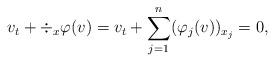
LaTeX: \begin{align*}v_t+\div_x\varphi(v)=v_t+\sum_{j=1}^n (\varphi_j(v))_{x_j}=0,\end{align*}